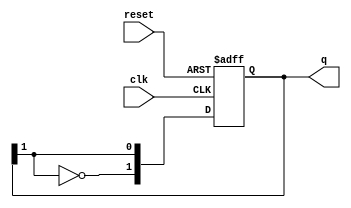
module JohnsonCounter #(
    parameter N = 2  // Parameter to define the width of the counter
)(
    input wire clk,      // Clock input
    input wire reset,    // Asynchronous reset input
    output reg [N-1:0] q // Output register for the counter state
);

// Asynchronous reset and state transition on clock edge
always @(posedge clk or posedge reset) begin
    if (reset) begin
        q <= {N{1'b0}}; // Initialize counter to 0
    end else begin
        // Shift right and feedback the inverted last bit
        q <= {~q[N-1], q[N-1:1]};
    end
end

endmodule